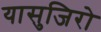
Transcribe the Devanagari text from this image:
यासुजिरो